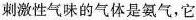
刺激性气味的气体是氨气，它